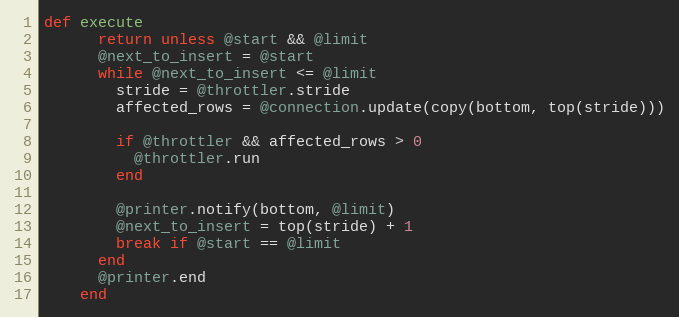
Language: Ruby
def execute
      return unless @start && @limit
      @next_to_insert = @start
      while @next_to_insert <= @limit
        stride = @throttler.stride
        affected_rows = @connection.update(copy(bottom, top(stride)))

        if @throttler && affected_rows > 0
          @throttler.run
        end

        @printer.notify(bottom, @limit)
        @next_to_insert = top(stride) + 1
        break if @start == @limit
      end
      @printer.end
    end